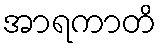
အာရကာတိ